Vaccine operations Central Provinces 1868-1885 - 1868-1885
Year: 1868
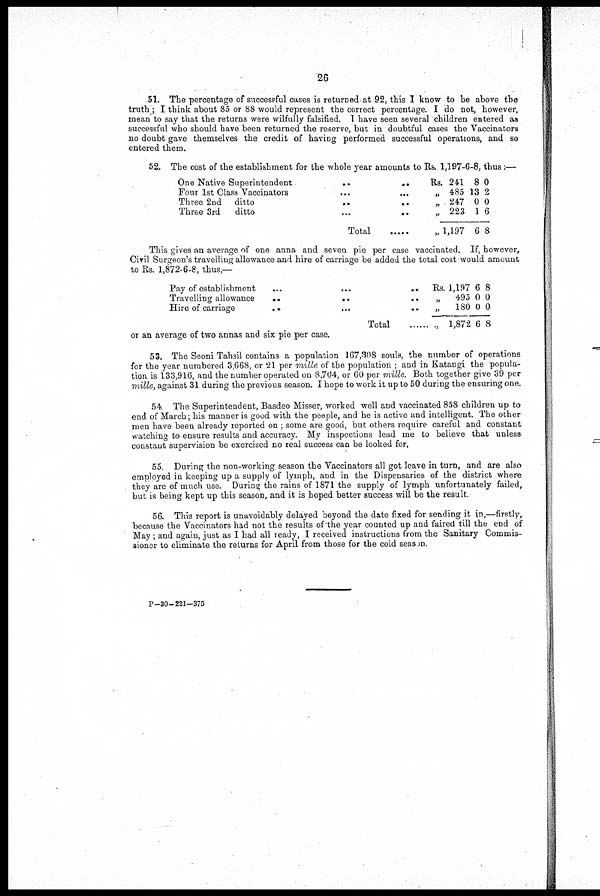
26
51. The percentage of successful cases is returned at 92, this I know to be above the
truth; I think about 85 or 88 would represent the correct percentage. I do not, however,
mean to say that the returns were wilfully falsified. 1 have seen several children entered as
successful who should have been returned the reserve, but in doubtful cases the Vaccinators
no doubt gave themselves the credit of having performed successful operations, and so
entered them.
52. The cost of the establishment for the whole year amounts to Rs. 1,197-6-8, thus :—
One Native Superintendent
....
Four 1st Class Vaccinators... ...
Three 2nd ditto
..
..
Three 3rd
ditto
...
..
Total .....
Rs. 241
„ 485
„ 247
„ 223
„ 1,197
8
13
0
1
6
0
2
0
6
8
This gives an average of one anna and seven pie per case vaccinated. If, however,
Civil Surgeon's travelling allowance and hire of carriage be added the total cost would amount
to Rs. 1,872-6-8, thus,—
Pay of establishment
...
...
...
Travelling allowance
...
..
..
Hire of carriage
..
..
..
Total ......
Rs. 1,197
„
495
„
180
„ 1,872
6
0
0
6
8
0
0
8
or an average of two annas and six pie per case.
53. The Seoni Tahsil contains a population 167,308 souls, the number of operations
for the year numbered 3,668, or 21 per mille of the population ; and in Katangi the popula-
tion is 133,916, and the number operated on 8,704, or 60 per mille. Both together give 39 per
mille, against 31 during the previous season. I hope to work it up to 50 during the ensuring one.
54. The Superintendent, Basdeo Misser, worked well and vaccinated 858 children up to
end of March; his manner is good with the people, and he is active and intelligent. The other
men have been already reported on ; some are good, but others require careful and constant
watching to ensure results and accuracy. My inspections lead me to believe that unless-
constant supervision be exercised no real success can be looked for.
55. During the non-working season the Vaccinators all got leave in turn, and are also
employed in keeping up a supply of lymph, and in the Dispensaries of the district where
they are of much use. During the rains of 1871 the supply of lymph unfortunately failed,
but is being kept up this season, and it is hoped better success will be the result.
56. This report is unavoidably delayed beyond the date fixed for sending it in,—firstly,
because the Vaccinators had not the results of the year counted up and faired till the end of
May ; and again, just as I had all ready, I received instructions from the Sanitary Commis-
sioner to eliminate the returns for April from those for the cold season.
P-30- 221-375